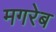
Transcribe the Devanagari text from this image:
मगरेब